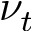
\nu _ { t }